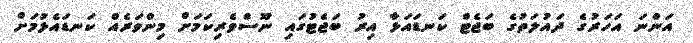
އަންނަ އަހަރުގެ ދައުލަތުގެ ބަޖެޓް ކަނޑައަޅާ އިރު ބަޖެޓުގައި ނޫސްވެރިކަމަށް މިންވަރެއް ކަނޑައެޅުމަށް